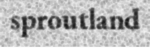
sproutland